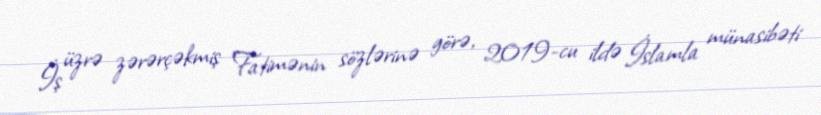
İş üzrə zərərçəkmiş Fatimənin sözlərinə görə, 2019-cu ildə İslamla münasibəti